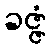
ခဇ္ဇံ